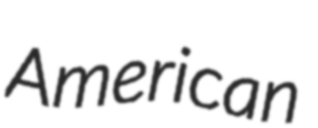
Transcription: American